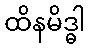
ထိနမိဒ္ဓါ